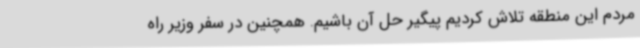
مردم این منطقه تلاش کردیم پیگیر حل آن باشیم. همچنین در سفر وزیر راه